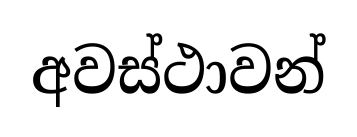
අවස්ථාවන්